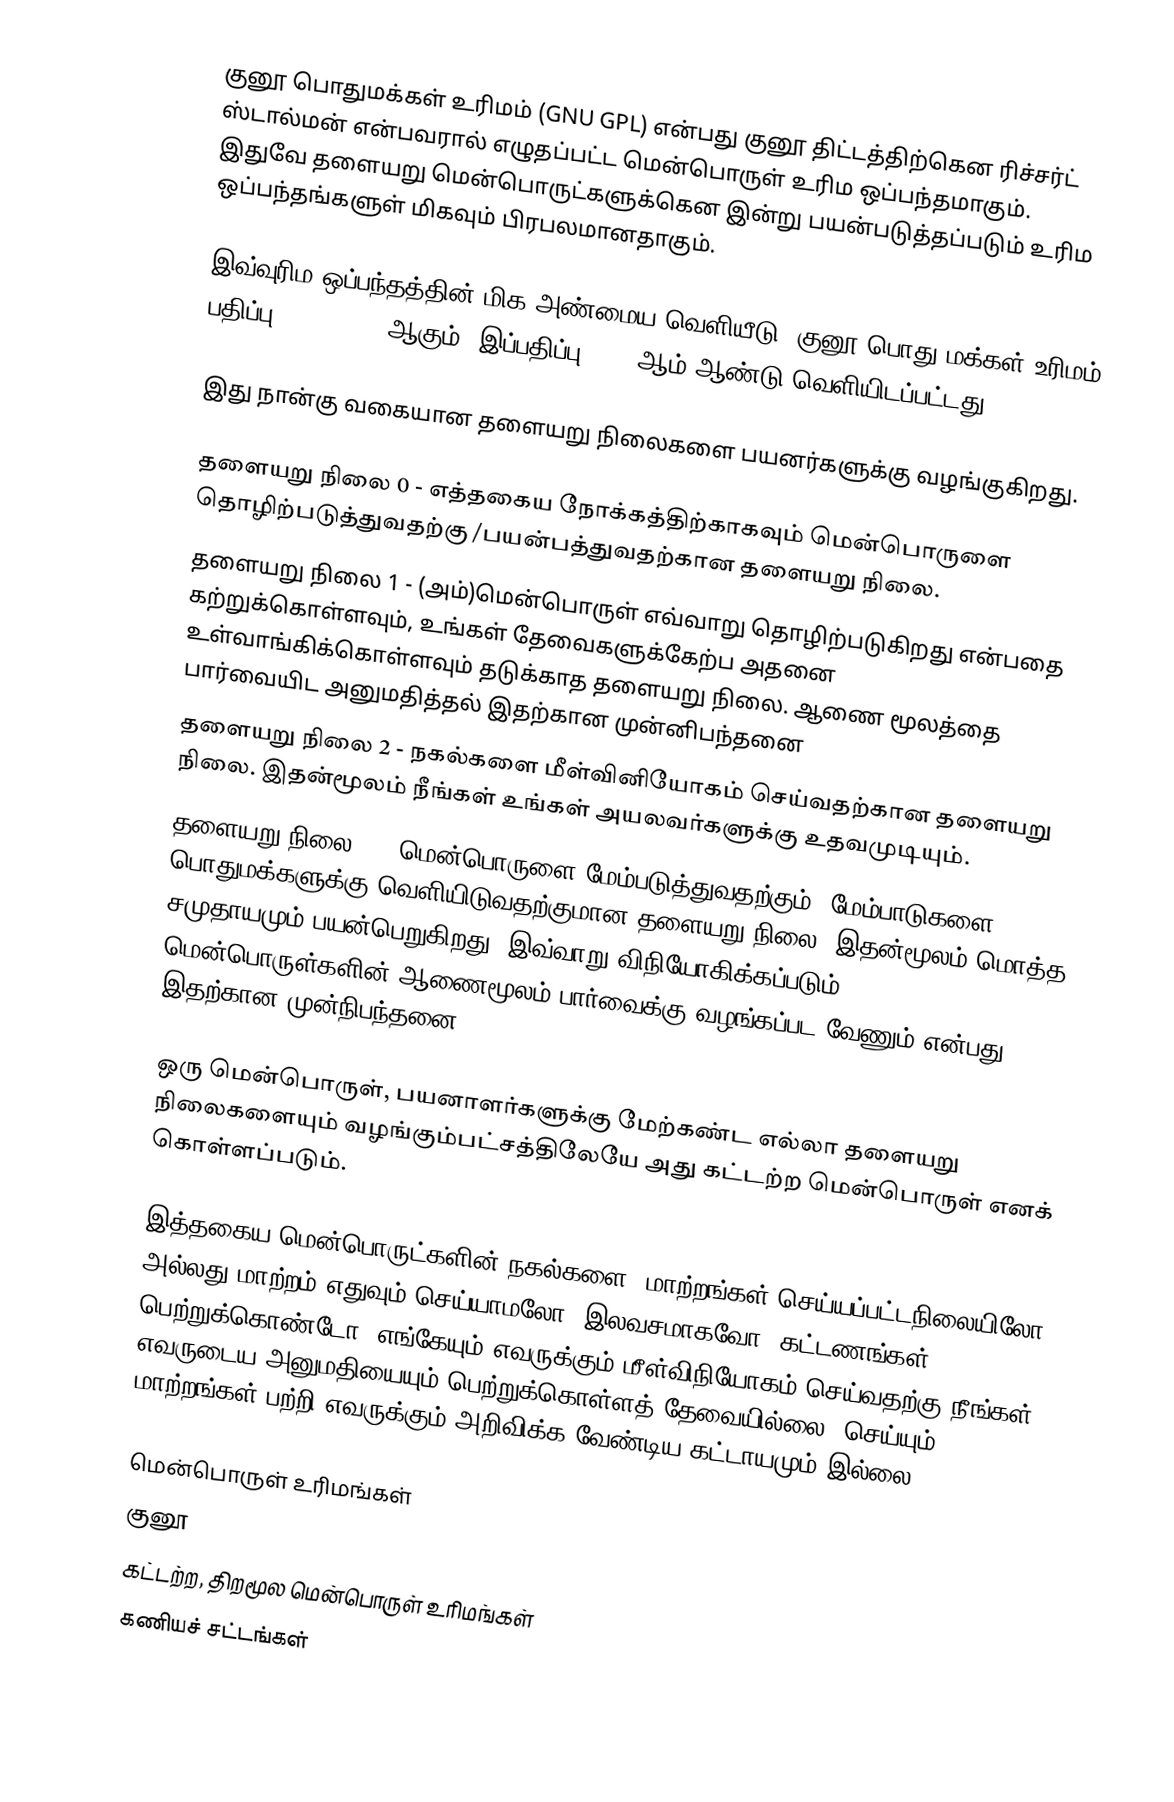
குனூ பொதுமக்கள் உரிமம் (GNU GPL) என்பது குனூ திட்டத்திற்கென ரிச்சர்ட் ஸ்டால்மன் என்பவரால் எழுதப்பட்ட மென்பொருள் உரிம ஒப்பந்தமாகும். இதுவே தளையறு மென்பொருட்களுக்கென இன்று பயன்படுத்தப்படும் உரிம ஒப்பந்தங்களுள் மிகவும் பிரபலமானதாகும்.

இவ்வுரிம ஒப்பந்தத்தின் மிக அண்மைய வெளியீடு, குனூ பொது மக்கள் உரிமம் பதிப்பு 3 (GPL v3) ஆகும். இப்பதிப்பு 1991 ஆம் ஆண்டு வெளியிடப்பட்டது.

இது நான்கு வகையான தளையறு நிலைகளை பயனர்களுக்கு வழங்குகிறது.

 தளையறு நிலை 0 - எத்தகைய நோக்கத்திற்காகவும் மென்பொருளை தொழிற்படுத்துவதற்கு /பயன்பத்துவதற்கான தளையறு நிலை.
 தளையறு நிலை 1 - (அம்)மென்பொருள் எவ்வாறு தொழிற்படுகிறது என்பதை கற்றுக்கொள்ளவும், உங்கள் தேவைகளுக்கேற்ப அதனை உள்வாங்கிக்கொள்ளவும் தடுக்காத தளையறு நிலை. ஆணை மூலத்தை பார்வையிட அனுமதித்தல் இதற்கான முன்னிபந்தனை
 தளையறு நிலை 2 - நகல்களை மீள்வினியோகம் செய்வதற்கான தளையறு நிலை. இதன்மூலம் நீங்கள் உங்கள் அயலவர்களுக்கு உதவமுடியும்.
 தளையறு நிலை 3 - மென்பொருளை மேம்படுத்துவதற்கும், மேம்பாடுகளை பொதுமக்களுக்கு வெளியிடுவதற்குமான தளையறு நிலை. இதன்மூலம் மொத்த சமுதாயமும் பயன்பெறுகிறது. இவ்வாறு விநியோகிக்கப்படும் மென்பொருள்களின் ஆணைமூலம் பார்வைக்கு வழங்கப்பட வேணும் என்பது இதற்கான முன்நிபந்தனை

ஒரு மென்பொருள், பயனாளர்களுக்கு மேற்கண்ட எல்லா தளையறு நிலைகளையும் வழங்கும்பட்சத்திலேயே அது கட்டற்ற மென்பொருள் எனக் கொள்ளப்படும்.

இத்தகைய மென்பொருட்களின் நகல்களை, மாற்றங்கள் செய்யப்பட்டநிலையிலோ அல்லது மாற்றம் எதுவும் செய்யாமலோ, இலவசமாகவோ, கட்டணங்கள் பெற்றுக்கொண்டோ, எங்கேயும் எவருக்கும் மீள்விநியோகம் செய்வதற்கு நீங்கள் எவருடைய அனுமதியையும் பெற்றுக்கொள்ளத் தேவையில்லை. செய்யும் மாற்றங்கள் பற்றி எவருக்கும் அறிவிக்க வேண்டிய கட்டாயமும் இல்லை.

மென்பொருள் உரிமங்கள்
குனூ
கட்டற்ற, திறமூல மென்பொருள் உரிமங்கள்
கணியச் சட்டங்கள்